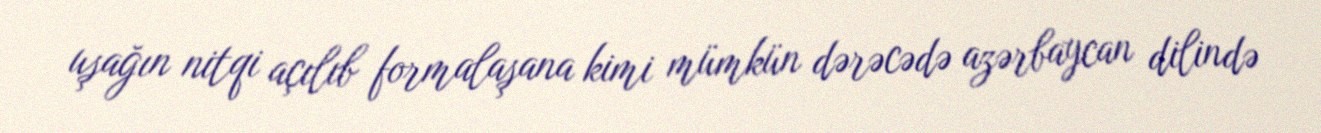
uşağın nitqi açılıb formalaşana kimi mümkün dərəcədə azərbaycan dilində